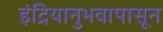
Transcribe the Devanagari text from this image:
इंद्रियानुभवापासून